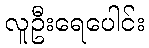
လူဦးရေပေါင်း